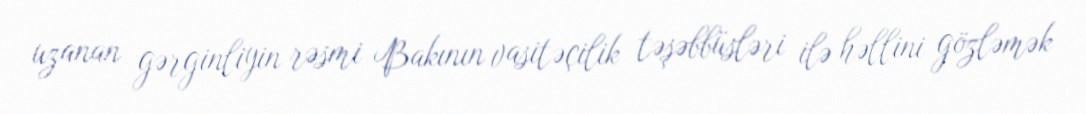
uzanan gərginliyin rəsmi Bakının vasitəçilik təşəbbüsləri ilə həllini gözləmək